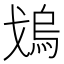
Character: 𱫳